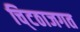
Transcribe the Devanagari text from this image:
चि्टठाजगत